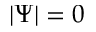
| \Psi | = 0